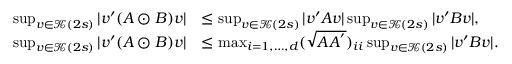
\begin{array} { r l } { \operatorname* { s u p } _ { v \in \mathcal { K } ( 2 s ) } | v ^ { \prime } ( A \odot B ) v | } & { \leq \operatorname* { s u p } _ { v \in \mathcal { K } ( 2 s ) } | v ^ { \prime } A v | \operatorname* { s u p } _ { v \in \mathcal { K } ( 2 s ) } | v ^ { \prime } B v | , } \\ { \operatorname* { s u p } _ { v \in \mathcal { K } ( 2 s ) } | v ^ { \prime } ( A \odot B ) v | } & { \leq \operatorname* { m a x } _ { i = 1 , \dots , d } ( \sqrt { A A ^ { ' } } ) _ { i i } \operatorname* { s u p } _ { v \in \mathcal { K } ( 2 s ) } | v ^ { \prime } B v | . } \end{array}